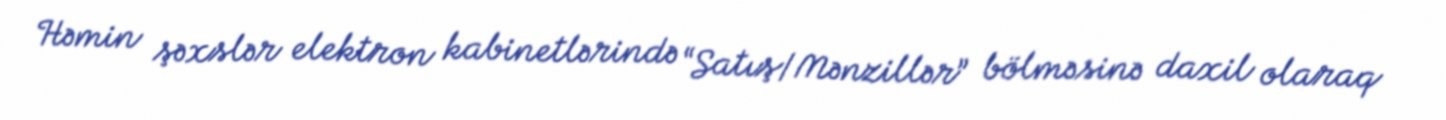
Həmin şəxslər elektron kabinetlərində “Satış/Mənzillər” bölməsinə daxil olaraq